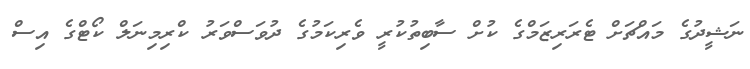
ނަޝީދުގެ މައްޗަށް ޓެރަރިޒަމްގެ ކުށް ސާބިތުކުރީ ވެރިކަމުގެ ދުވަސްވަރު ކްރިމިނަލް ކޯޓްގެ އިސް